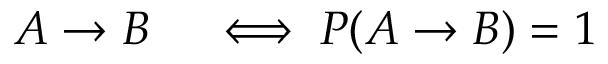
\begin{array} { r l } { A \to B } & { { } \iff P ( A \to B ) = 1 } \end{array}